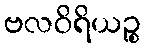
ဗလဝိရိယဉ္စ